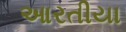
આરતીયા